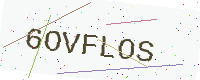
Text: 6OVFLOS